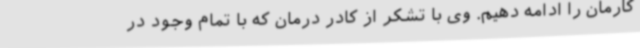
کارمان را ادامه دهیم. وی با تشکر از کادر درمان که با تمام وجود در